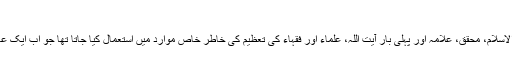
آیت اللہ کا استعمال
بعض القاب جیسے: ثِقَۃ الاسلام، حُجَّۃ الاسلام، محقق‌، علامہ اور پہلی بار آیت‌ اللہ، علماء اور فقہاء کی تعظیم کی خاطر خاص موارد میں استعمال کیا جاتا تھا جو اب ایک عام عنوان کی شکل اختیار کر چکے ہیں۔